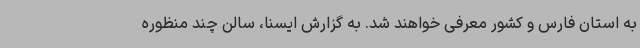
به استان فارس و کشور معرفی خواهند شد. به گزارش ایسنا، سالن چند منظوره